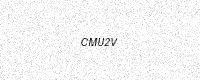
Text: CMU2V